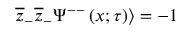
\overline { { { z } } } _ { - } \overline { { { z } } } _ { - } \Psi ^ { -- } \left( x ; \tau \right) \rangle = - 1